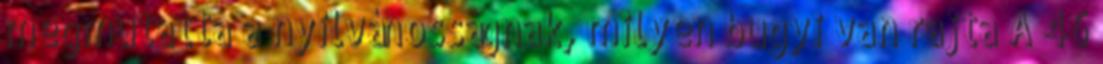
megmutatta a nyilvánosságnak, milyen bugyi van rajta A 46